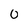
Character: 0